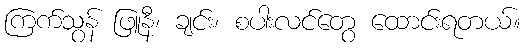
ကြက်သွန် ဖြူနီ၊ ချင်း၊ စပါးလင်တွေ ထောင်းရတယ်။